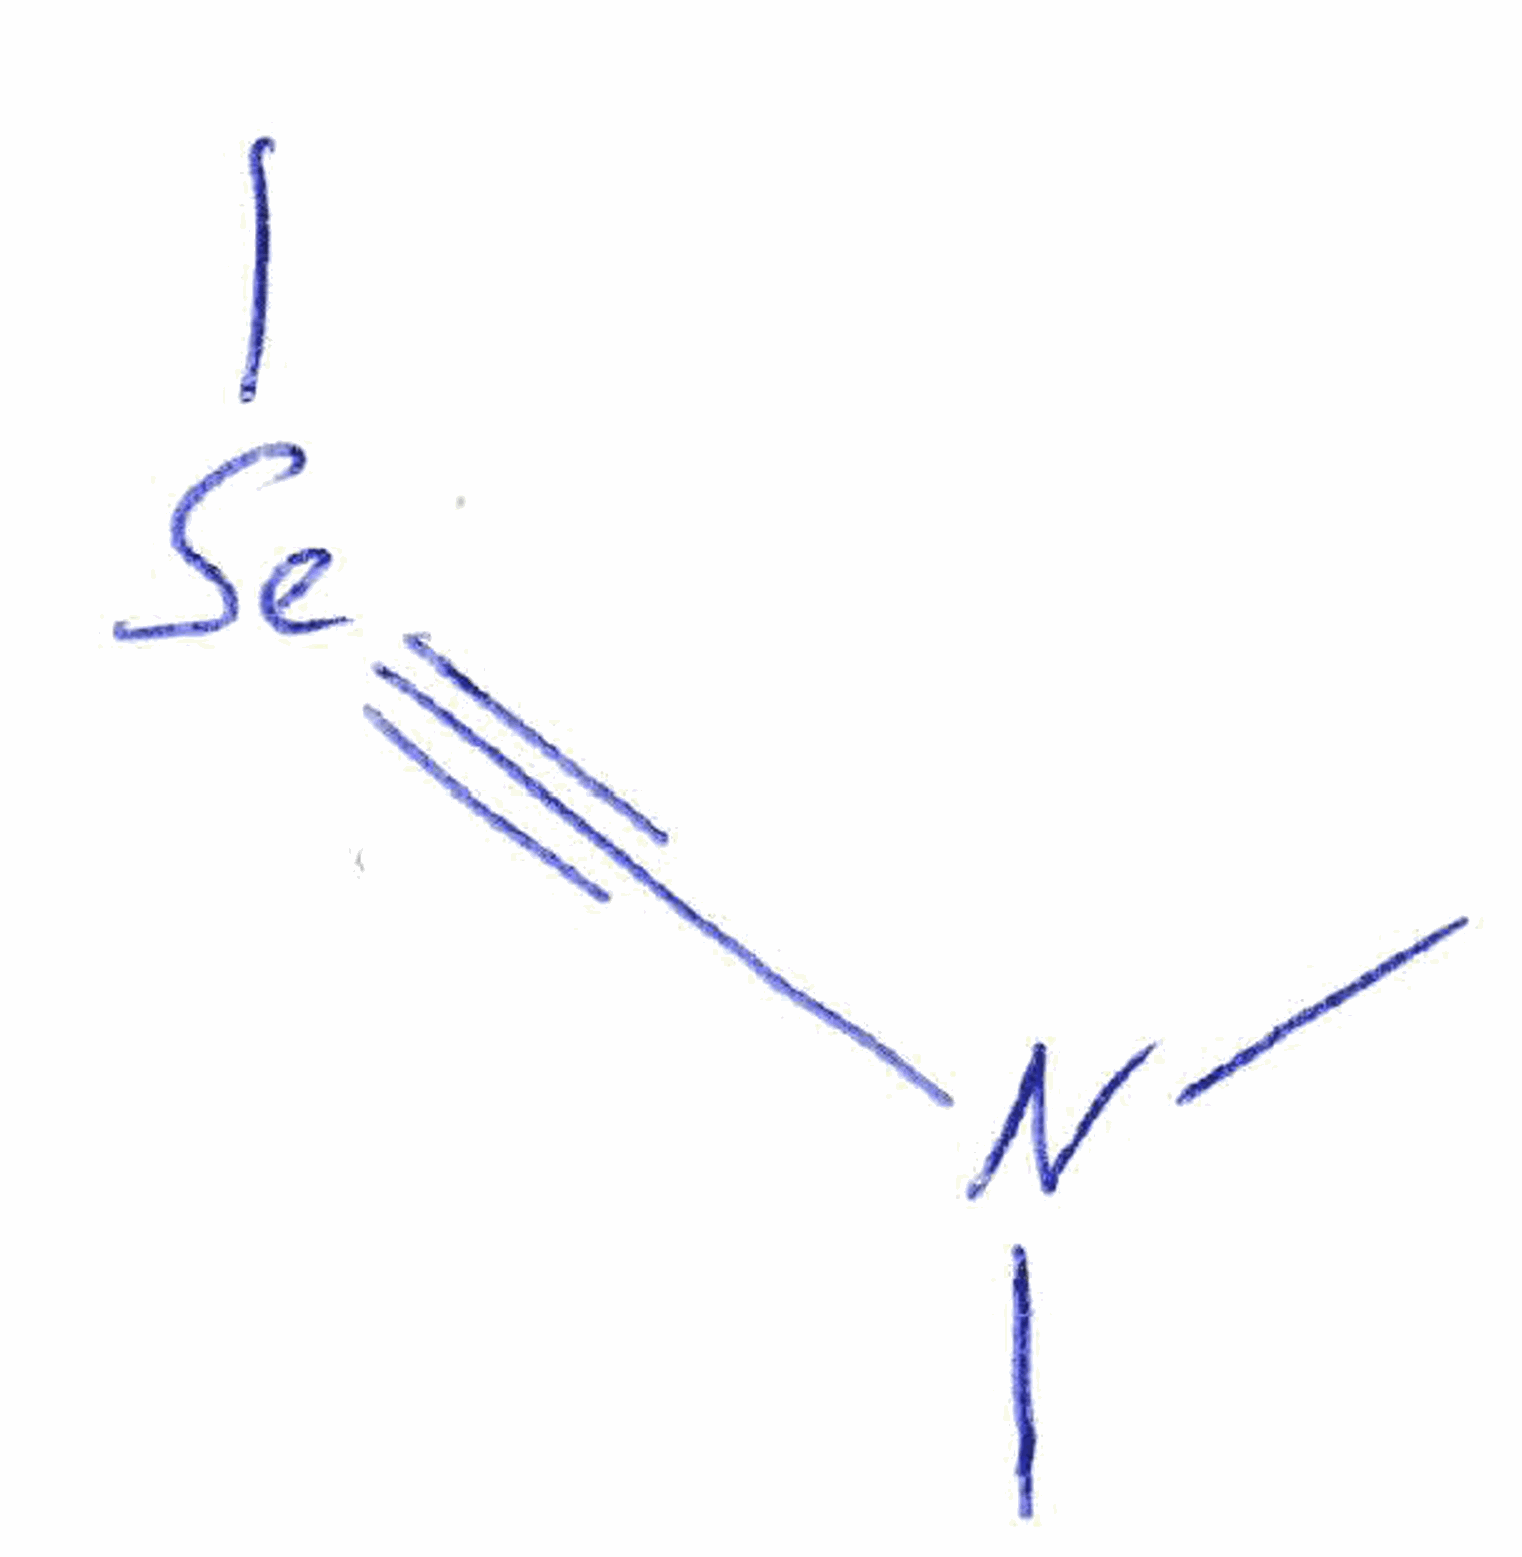
Simplified molecular-input line-entry system (SMILES) notation of the given molecule:
CN(C)C#[Se]C